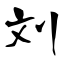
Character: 刘